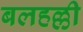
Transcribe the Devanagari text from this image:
बलहल्ली